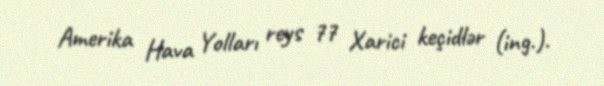
Amerika Hava Yolları reys 77 Xarici keçidlər (ing.).